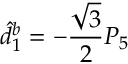
\hat { d } _ { 1 } ^ { b } = - \frac { \sqrt { 3 } } { 2 } P _ { 5 }